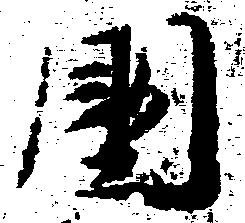
国